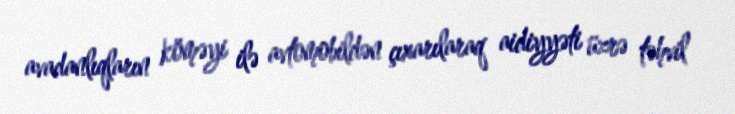
avadanlıqların köməyi ilə avtomobildən çıxarılaraq aidiyyəti üzrə təhvil